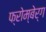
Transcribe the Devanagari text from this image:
फ्रोम्बेर्ग